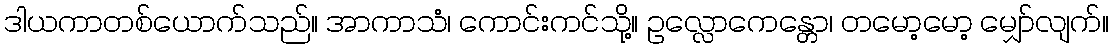
ဒါယကာတစ်ယောက်သည်။ အာကာသံ၊ ကောင်းကင်သို့။ ဥလ္လောကေန္တော၊ တမော့မော့ မျှော်လျက်။